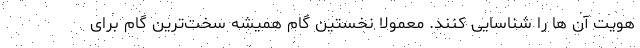
هویت آن ها را شناسایی کنند. معمولا نخستین گام همیشه سخت‌ترین گام برای